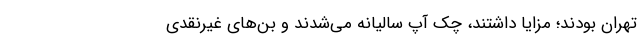
تهران بودند؛ مزایا داشتند، چک آپِ سالیانه می‌شدند و بن‌های غیرنقدی